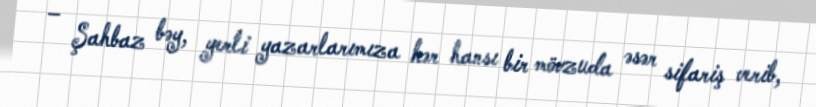
– Şahbaz bəy, yerli yazarlarımıza hər hansı bir mövzuda əsər sifariş verib,